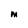
Character: m